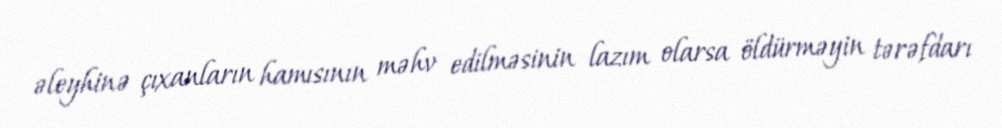
əleyhinə çıxanların hamısının məhv edilməsinin lazım olarsa öldürməyin tərəfdarı